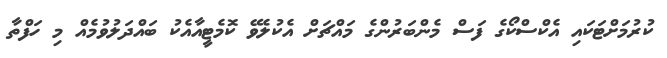
ކުރުމަށްޓަކައި އެކްސްކޯގެ ފަސް މެންބަރުންގެ މައްޗަށް އެކުލެވޭ ކޮމެޓީއާއެކު ބައްދަލުވުމެއް މި ހަފްތާ